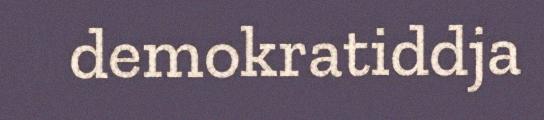
demokratiddja